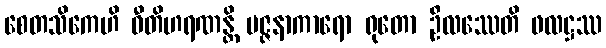
စေတသိကေဟိ ဝီတိဟရဏန္တိ မဇ္ဇနာကာရော ရုတော ဦလဿေတိ ဖလဋ္ဌဿ